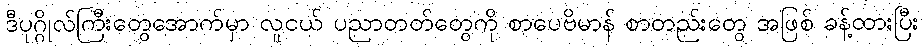
ဒီပုဂ္ဂိုလ်ကြီးတွေအောက်မှာ လူငယ် ပညာတတ်တွေကို စာပေဗိမာန် စာတည်းတွေ အဖြစ် ခန့်ထားပြီး